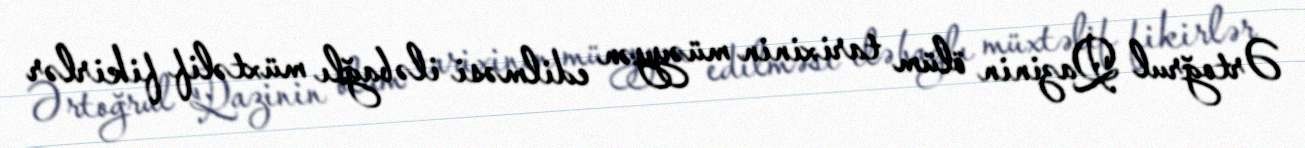
Ərtoğrul Qazinin ölüm tarixinin müəyyən edilməsi ilə bağlı müxtəlif fikirlər